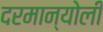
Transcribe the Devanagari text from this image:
दरमान्योली